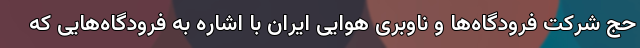
حج شرکت فرودگاه‌ها و ناوبری هوایی ایران با اشاره به فرودگاه‌هایی که